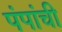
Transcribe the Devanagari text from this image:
पंपांची